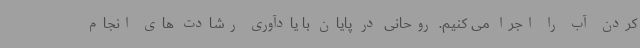
کردن آب را اجرا می کنیم. روحانی در پایان با یادآوری رشادت های انجام